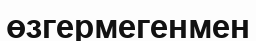
өзгермегенмен